Vaccination in Bombay 1902-1912 - 1902-1912
Year: 1902
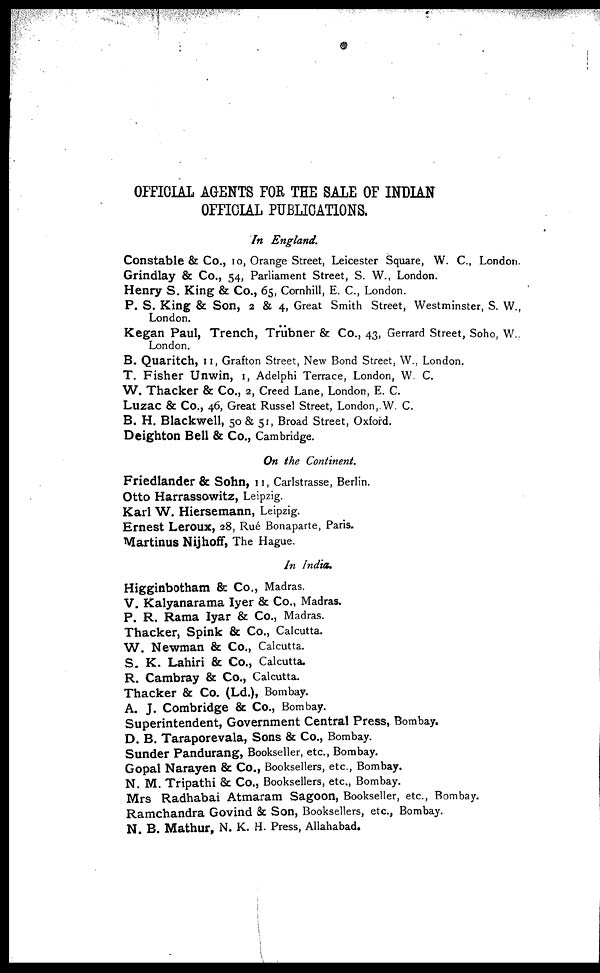
OFFICIAL AGENTS FOR THE SALE OF INDIAN
OFFICIAL PUBLICATIONS.
In England.
Constable & Co., 10, Orange Street, Leicester Square, W. C., London.
Grindlay & Co., 54, Parliament Street, S. W., London.
Henry S. King & Co., 65, Cornhill, E. C., London.
P. S. King & Son, 2 & 4, Great Smith Street, Westminster, S. W.,
London.
Kegan Paul, Trench, Trübner & Co., 43, Gerrard Street, Soho, W.,
London.
B. Quaritch, 11, Grafton Street, New Bond Street, W., London.
T. Fisher Unwin, 1, Adelphi Terrace, London, W. C.
W. Thacker & Co., 2, Creed Lane, London, E. C.
Luzac & Co., 46, Great Russel Street, London,.W. C.
B. H. Blackwell, 50 & 51, Broad Street, Oxford.
Deighton Bell & Co., Cambridge.
On the Continent.
Friedlander & Sohn, 11, Carlstrasse, Berlin.
Otto Harrassowitz, Leipzig.
Karl W. Hiersemann, Leipzig.
Ernest Leroux, 28, Rué Bonaparte, Paris.
Martinus Nijhoff, The Hague.
In India.
Higginbotham & Co., Madras.
V. Kalyanarama Iyer & Co., Madras.
P. R. Rama Iyar & Co., Madras.
Thacker, Spink & Co., Calcutta.
W. Newman & Co., Calcutta.
S. K. Lahiri & Co., Calcutta.
R. Cambray & Co., Calcutta.
Thacker & Co. (Ld.), Bombay.
A. J. Combridge & Co., Bombay.
Superintendent, Government Central Press, Bombay.
D. B. Taraporevala, Sons & Co., Bombay.
Sunder Pandurang, Bookseller, etc., Bombay.
Gopal Narayen & Co., Booksellers, etc., Bombay.
N. M. Tripathi & Co., Booksellers, etc., Bombay.
Mrs Radhabai Atmaram Sagoon, Bookseller, etc., Bombay.
Ramchandra Govind & Son, Booksellers, etc., Bombay.
N. B. Mathur, N. K. H. Press, Allahabad.